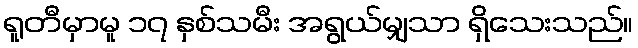
ရူတီမှာမူ ၁၇ နှစ်သမီး အရွယ်မျှသာ ရှိသေးသည်။